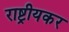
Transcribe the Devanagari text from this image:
राष्ट्रीयकर